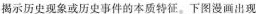
揭示历史现象或历史事件的本质特征。下图漫画出现